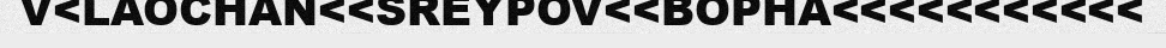
V<LAOCHAN<<SREYPOV<<BOPHA<<<<<<<<<<<